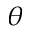
\theta